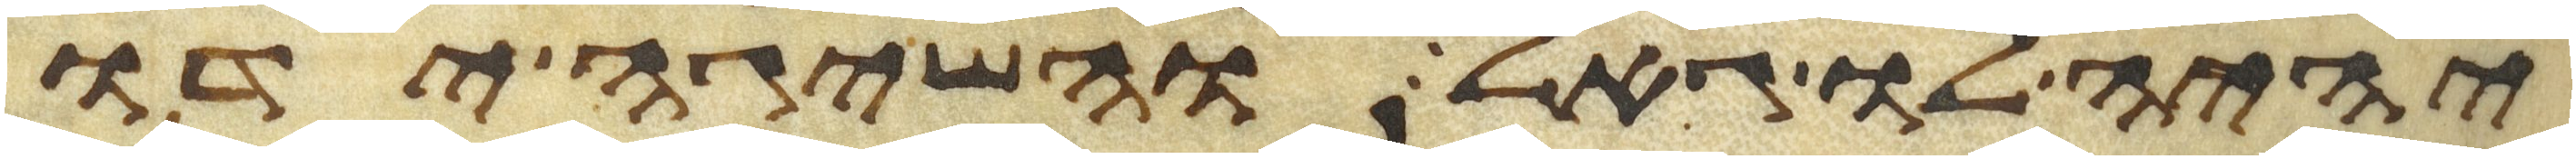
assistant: יהיה לו גאל והשיגה ידו